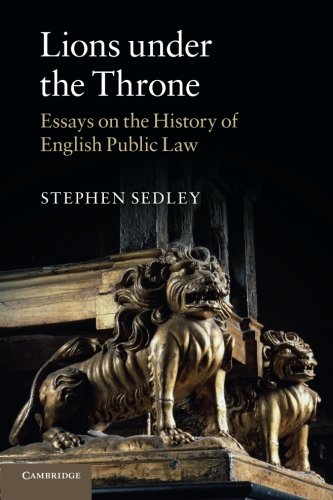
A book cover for Lions under the Throne: Essays on the History of English Public Law; Stephen Sedley; Law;